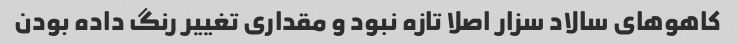
کاهوهای سالاد سزار اصلا تازه نبود و مقداری تغییر رنگ داده بودن